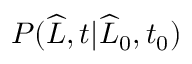
P ( \widehat { L } , t | \widehat { L } _ { 0 } , t _ { 0 } )